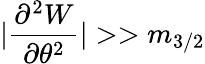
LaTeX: |\frac{\partial^{2}W}{\partial\theta^{2}}|>>m_{3/2}